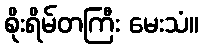
စိုးရိမ်တကြီး မေးသံ။